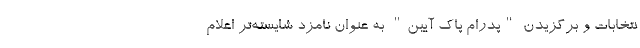
نتخابات و برگزیدن "پدرام پاک آیین" به عنوان نامزد شایسته‌تر اعلام